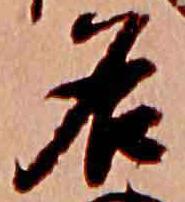
名